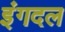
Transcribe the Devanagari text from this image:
इंगदल